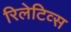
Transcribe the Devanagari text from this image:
रिलेटिव्स